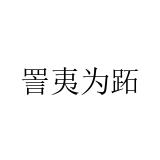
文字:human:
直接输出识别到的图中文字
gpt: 詈夷为跖